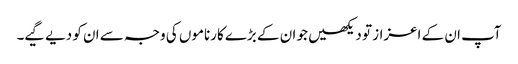
آپ ان کے اعزاز تو دیکھیں جو ان کے بڑے کارناموں کی وجہ سے ان کو دیے گیے۔